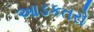
આડકતરો